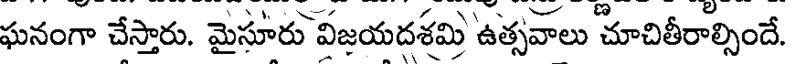
ఘనంగా చేస్తారు. మైసూరు విజయదశమి ఉత్సవాలు చూచితీరాల్సిందే.